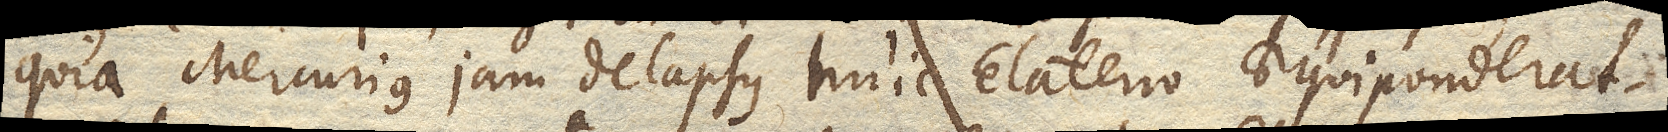
quia Mercurius jam delapsus huic Elaterio aequiponderat.